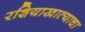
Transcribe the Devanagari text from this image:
रशियाखात्याचा